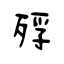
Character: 殍